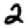
Digit: 2